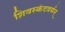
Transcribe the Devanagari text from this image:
शिवस्कंदवर्मन्